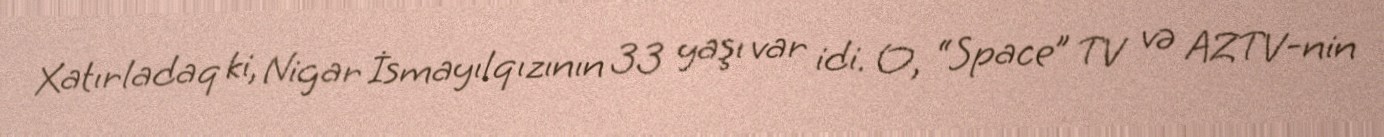
Xatırladaq ki, Nigar İsmayılqızının 33 yaşı var idi. O, “Space” TV və AZTV-nin